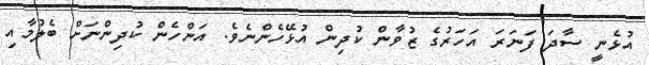
އުޅެނީ ސާދަ ފަނަރަ އަހަރުގެ ޒުވާން ކުދިން އުޅޭހެންނެވެ. އަންހެން ކުދިންނަށް ބެލުމާއި